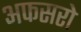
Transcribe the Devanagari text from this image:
अफसरो